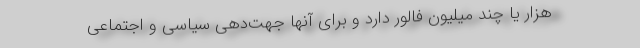
هزار یا چند میلیون فالور دارد و برای آنها جهت‌دهی سیاسی و اجتماعی